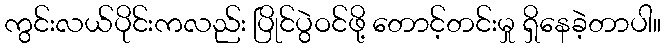
ကွင်းလယ်ပိုင်းကလည်း ပြိုင်ပွဲဝင်ဖို့ တောင့်တင်းမှု ရှိနေခဲ့တာပါ။